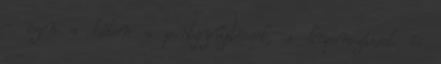
- ezen a héten a pontgyűjtéssel, a kuponozással és